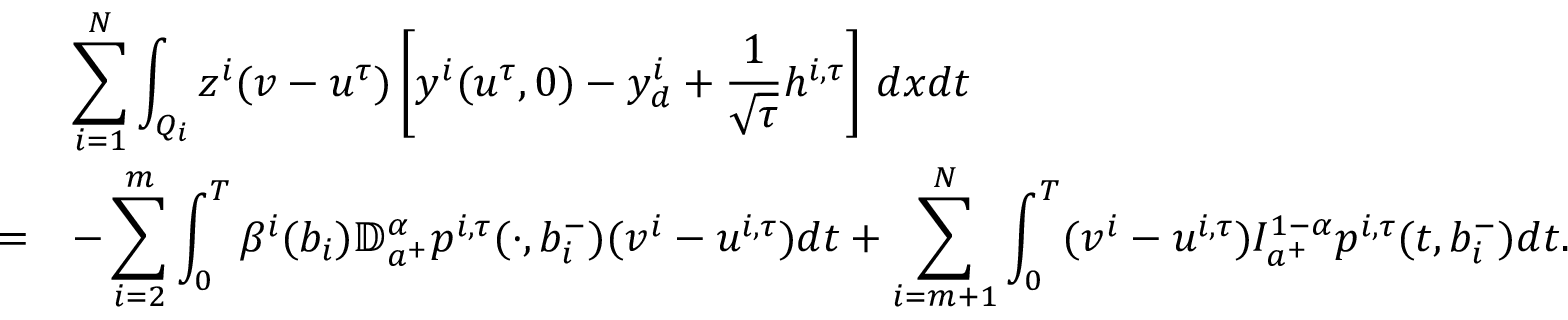
\begin{array} { r l } & { \displaystyle \sum _ { i = 1 } ^ { N } \int _ { Q _ { i } } z ^ { i } ( v - u ^ { \tau } ) \left[ y ^ { i } ( u ^ { \tau } , 0 ) - y _ { d } ^ { i } + \frac { 1 } { \sqrt { \tau } } h ^ { i , \tau } \right] \, d x d t } \\ { = } & { \displaystyle - \sum _ { i = 2 } ^ { m } \int _ { 0 } ^ { T } \beta ^ { i } ( b _ { i } ) \mathbb { D } _ { a ^ { + } } ^ { \alpha } p ^ { i , \tau } ( \cdot , b _ { i } ^ { - } ) ( v ^ { i } - u ^ { i , \tau } ) d t + \displaystyle \sum _ { i = m + 1 } ^ { N } \int _ { 0 } ^ { T } ( v ^ { i } - u ^ { i , \tau } ) I _ { a ^ { + } } ^ { 1 - \alpha } p ^ { i , \tau } ( t , b _ { i } ^ { - } ) d t . } \end{array}